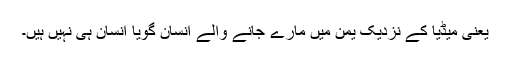
یعنی میڈیا کے نزدیک یمن میں مارے جانے والے انسان گویا انسان ہی نہیں ہیں۔